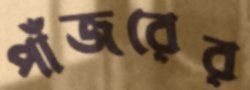
পাঁজরের